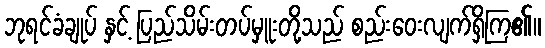
ဘုရင်ခံချုပ် နှင့် ပြည်သိမ်းတပ်မှူးတို့သည် စည်းဝေးလျက်ရှိကြ၏။